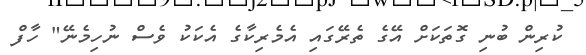
ކުރިން ބުނި ގޮތަކަށް އޭގެ ތެރޭގައި އެމެރިކާގެ އެކަކު ވެސް ނުހިމެނޭ" ހާފް